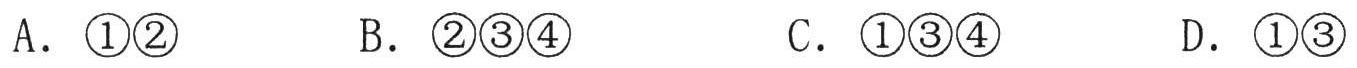
A. \textcircled{1}\textcircled{2}  B. \textcircled{2}\textcircled{3}\textcircled{4}  C. \textcircled{1}\textcircled{3}\textcircled{4}  D. \textcircled{1}\textcircled{3}